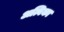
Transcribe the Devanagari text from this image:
अत्विका